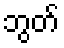
ဘွတ်